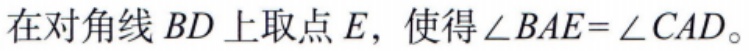
在对角线 \(BD\) 上取点 \(E\)，使得 \(\angle BAE = \angle CAD\)。